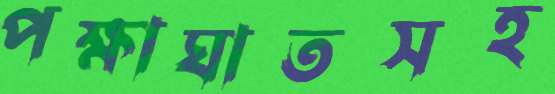
পক্ষাঘাতসহ